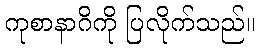
ကုစာနာဂိကို ပြလိုက်သည်။